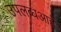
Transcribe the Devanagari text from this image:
उपलब्धआहे